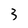
Character: 3